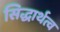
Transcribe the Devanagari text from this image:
सिद्धार्थत्व